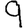
Digit: 9